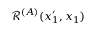
\mathcal { R } ^ { ( A ) } ( x _ { 1 } ^ { \prime } , x _ { 1 } )